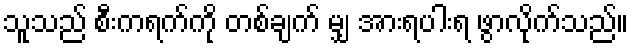
သူသည် စီးကရက်ကို တစ်ချက် မျှ အားရပါးရ ဖွာလိုက်သည်။